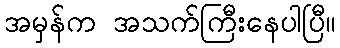
အမှန်က အသက်ကြီးနေပါပြီ။